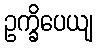
ဥက္ခိပေယျ